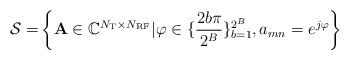
LaTeX: \begin{align*}\mathcal{S}=&\left\lbrace \mathbf{A} \in \mathbb{C}^{N_\mathrm{T}\times N_{\mathrm{RF}}}| \varphi \in \{ \frac{2b\pi}{2^{B}} \}_{b=1}^{2^{B}}, a_{mn}=e^{j\varphi} \right\rbrace\end{align*}